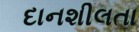
દાનશીલતા